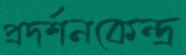
প্রদর্শনকেন্দ্র